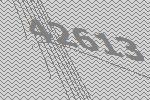
42613